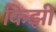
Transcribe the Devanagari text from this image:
किझी